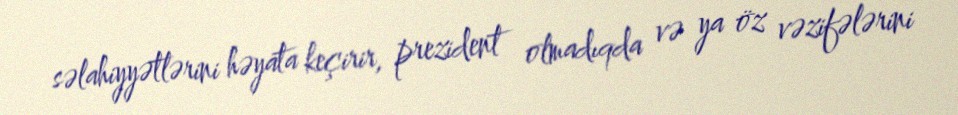
səlahiyyətlərini həyata keçirir, prezident olmadıqda və ya öz vəzifələrini